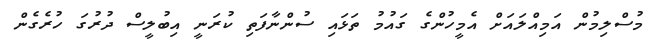
މުސްލިމުން އަމިއްލައަށް އެމީހުންގެ ގައުމު ތަޅައި ސުންނާފަތި ކުރަނީ އިބުލީސް ދުރުގަ ހުރެގެން